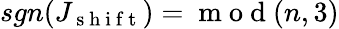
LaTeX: sgn(J_{\mathrm{~s~h~i~f~t~}})=\mathrm{~m~o~d~}(n,3)